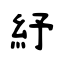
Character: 紓